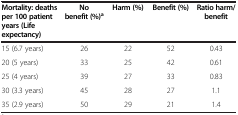
<table><thead><tr><td><b>Mortality: deaths per 100 patient years (Life expectancy)</b></td><td><b>No benefit (%)<sup>a</sup></b></td><td><b>Harm (%)</b></td><td><b>Benefit (%)</b></td><td><b>Ratio harm/benefit</b></td></tr></thead><tbody><tr><td>15 (6.7 years)</td><td>26</td><td>22</td><td>52</td><td>0.43</td></tr><tr><td>20 (5 years)</td><td>33</td><td>25</td><td>42</td><td>0.61</td></tr><tr><td>25 (4 years)</td><td>39</td><td>27</td><td>33</td><td>0.83</td></tr><tr><td>30 (3.3 years)</td><td>45</td><td>28</td><td>27</td><td>1.1</td></tr><tr><td>35 (2.9 years)</td><td>50</td><td>29</td><td>21</td><td>1.4</td></tr></tbody></table>